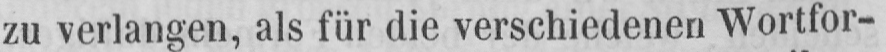
zu verlangen, als für die verschiedenen Wortfor-